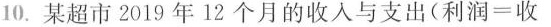
10.某超市2019年12个月的收入与支出(利润=收